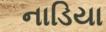
નાડિયા